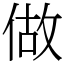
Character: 做